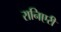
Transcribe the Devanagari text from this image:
रानिएरी